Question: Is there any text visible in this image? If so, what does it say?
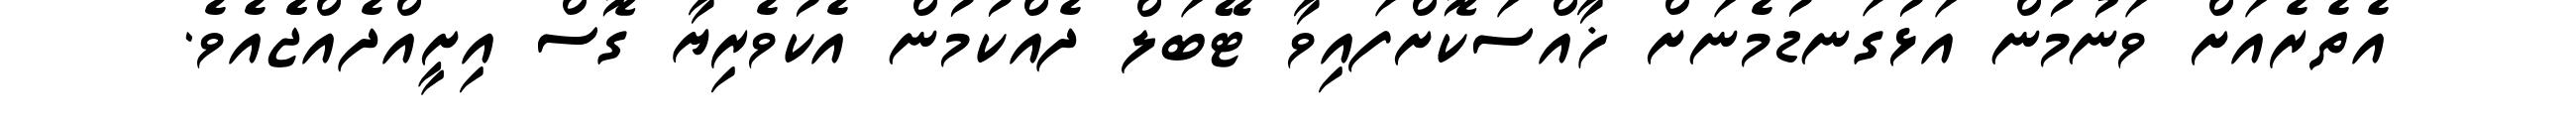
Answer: އެތެރެއަށް ވަނުމުން އަޅުގަނޑުމެނަށް ޚާއްސަކޮށްފައިވާ ޓޭބަލް ދެއްކުމުން އެކުވެރިޔާ ގޮސް އިށީއްދެއްޖެެއެވެ.